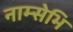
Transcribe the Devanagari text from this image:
नाम्सेभि